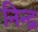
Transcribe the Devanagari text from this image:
निन्द्र